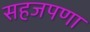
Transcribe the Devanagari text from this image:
सहजपणा